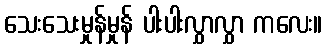
သေးသေးမှုန်မှုန် ပါးပါးလွှာလွှာ ကလေး။